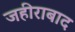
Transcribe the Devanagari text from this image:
जहीराबाद